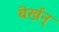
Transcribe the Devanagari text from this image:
बेर्खन्